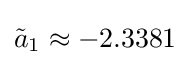
{\tilde {a}}_{1}\approx -2.3381